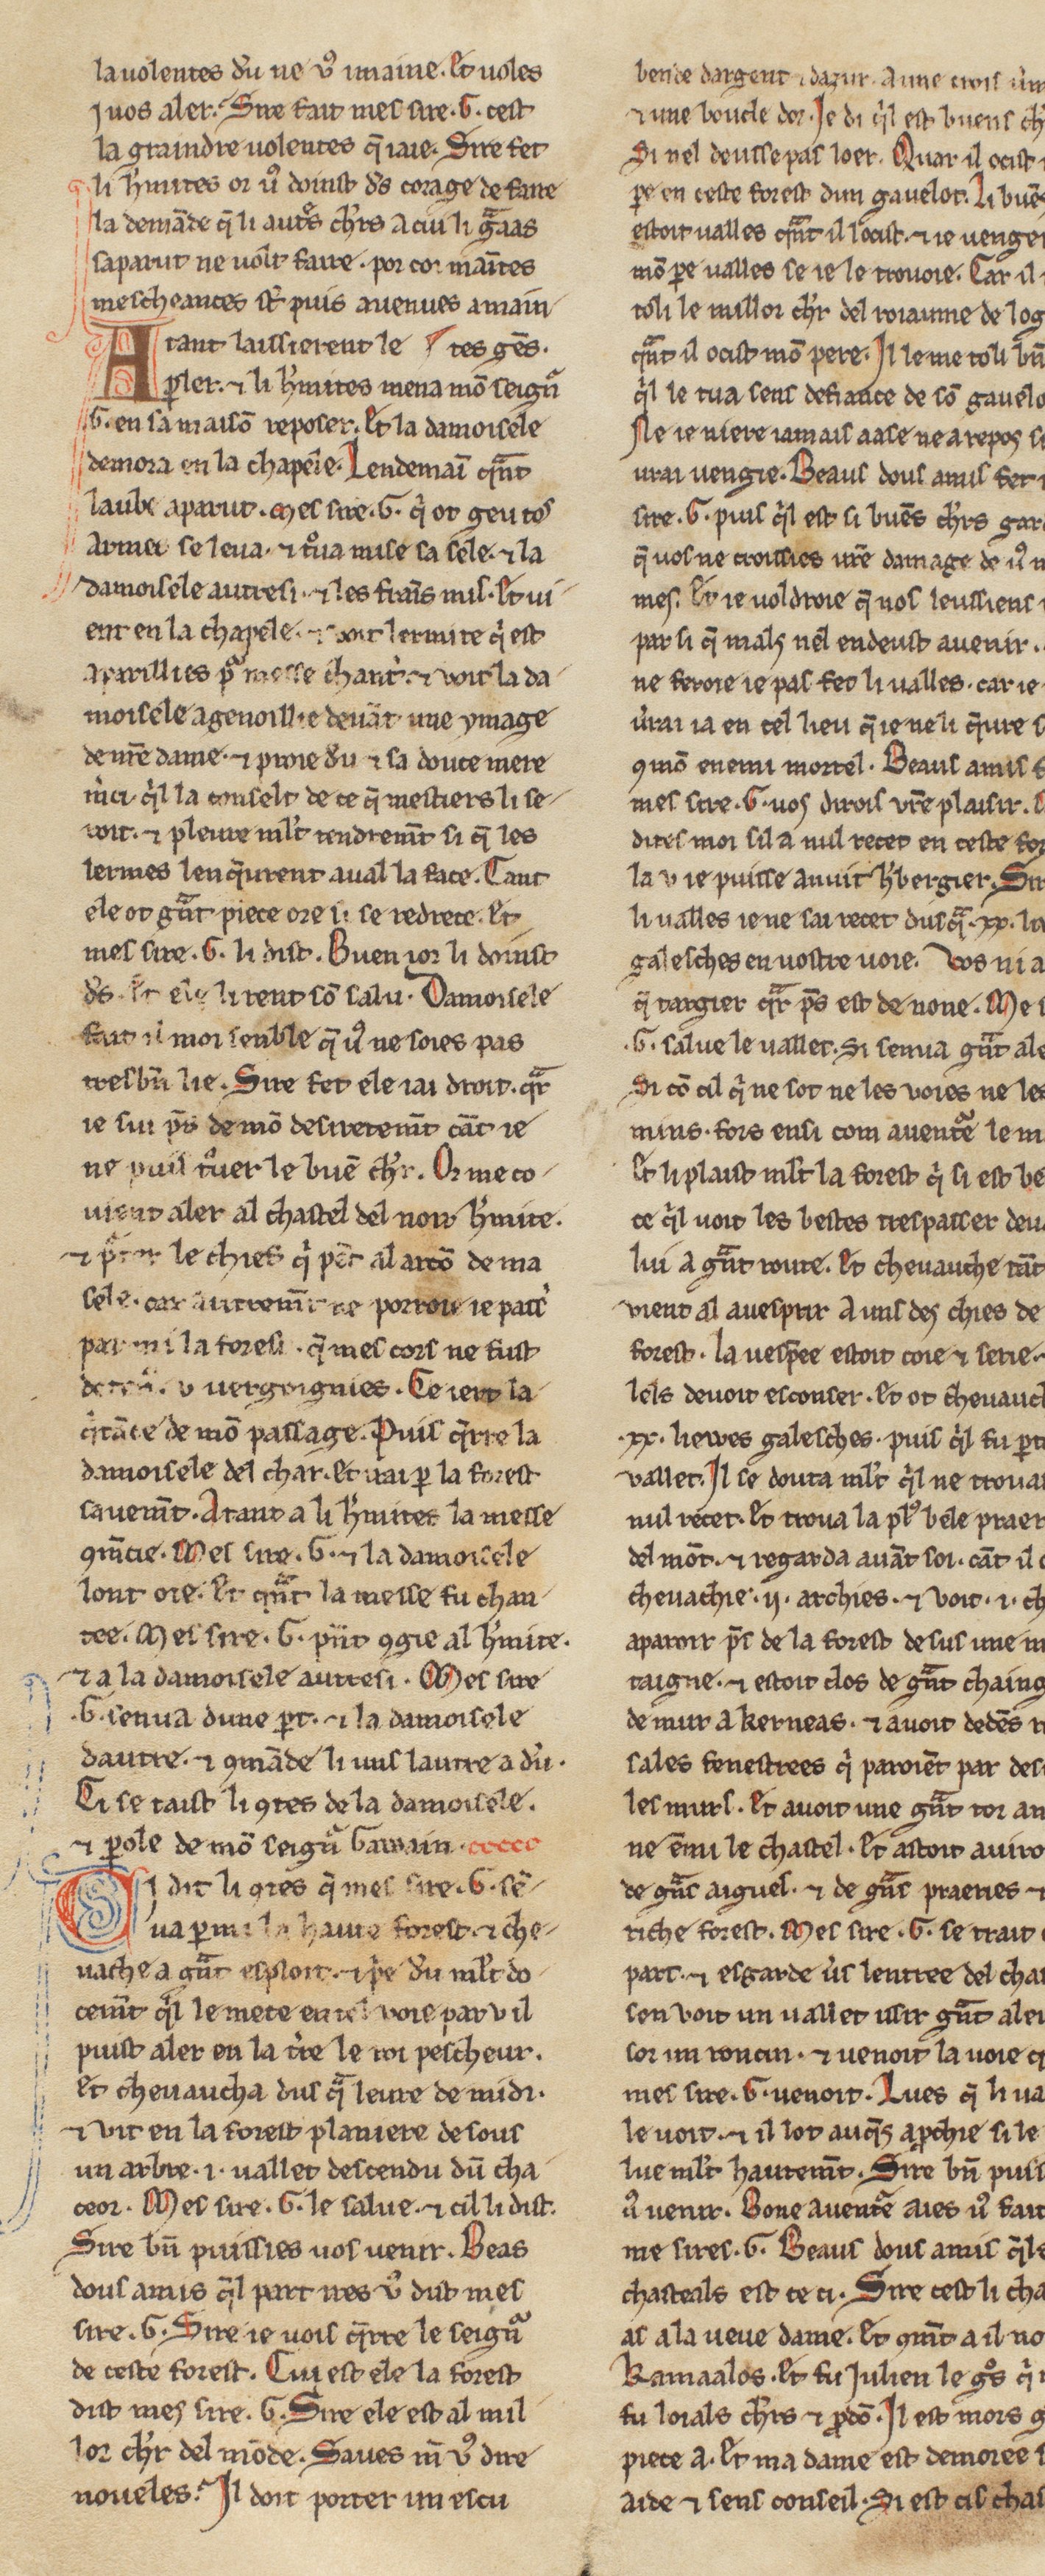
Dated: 1255–1285